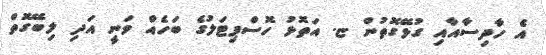
އެ ހާދިސާއާއި ގުޅޭގޮތުން ޏ. އަތޮޅު ހޮސްޕިޓަލުގެ ބަހެއް ވަނީ އަދި ލިބޭގޮތް